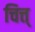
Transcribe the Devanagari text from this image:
चित्त्